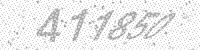
Solution: 411850